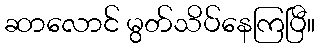
ဆာလောင် မွတ်သိပ်နေကြပြီ။